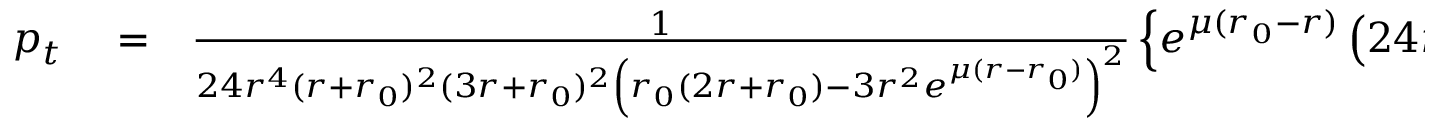
\begin{array} { r l r } { p _ { t } } & { { } = } & { \frac { 1 } { 2 4 r ^ { 4 } ( r + { r _ { 0 } } ) ^ { 2 } ( 3 r + { r _ { 0 } } ) ^ { 2 } \left( { r _ { 0 } } ( 2 r + { r _ { 0 } } ) - 3 r ^ { 2 } e ^ { \mu ( r - { r _ { 0 } } ) } \right) ^ { 2 } } \left\lbrace e ^ { \mu ( { r _ { 0 } } - r ) } \left( 2 4 r ^ { 2 } { r _ { 0 } } ^ { 2 } ( r + { r _ { 0 } } ) ^ { 2 } ( 2 r + { r _ { 0 } } ) \right. \right. } \end{array}